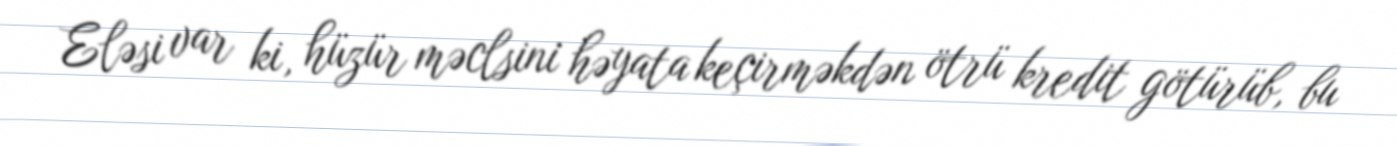
Eləsi var ki, hüzür məclsini həyata keçirməkdən ötrü kredit götürüb, bu